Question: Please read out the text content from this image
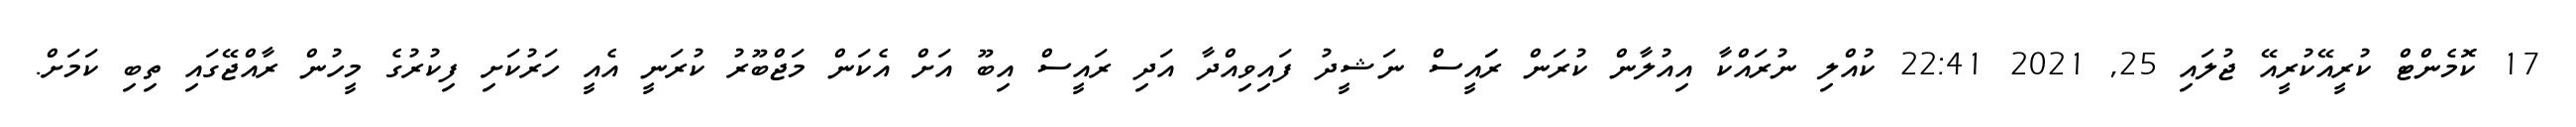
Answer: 17 ކޮމެންޓް ކުރީއޭކުރީއޭ ޖުލައި 25, 2021 22:41 ކުއްލި ނުރައްކާ އިއުލާން ކުރަން ރަައީސް ނަޝީދު ފައިވިއްދާ އަދި ރައީސް އިބޫ އަށް އެކަން މަޖްބޫރު ކުރަނީ އެއީ ހަރުކަށި ފިކުރުގެ މީހުން ރާއްޖޭގައި ތިބި ކަމަށް.